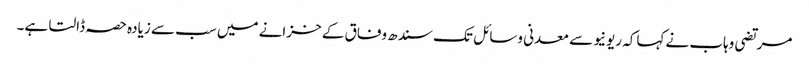
مرتضی وہاب نے کہاکہ ریونیو سے معدنی وسائل تک سندھ وفاق کے خزانے میں سب سے زیادہ حصہ ڈالتا ہے۔